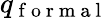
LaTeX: q_{\mathrm{~f~o~r~m~a~l~}}